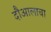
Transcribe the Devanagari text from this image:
दौआलाचा